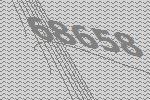
68658